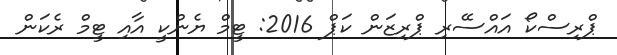
ޕްރިސްކޯ އައްސޭރި ޕްރިޒަން ކަޕް 2016: ޓީމް ޔެންކީ އާއި ޓީމް ރެކަން